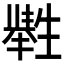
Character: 𤯶